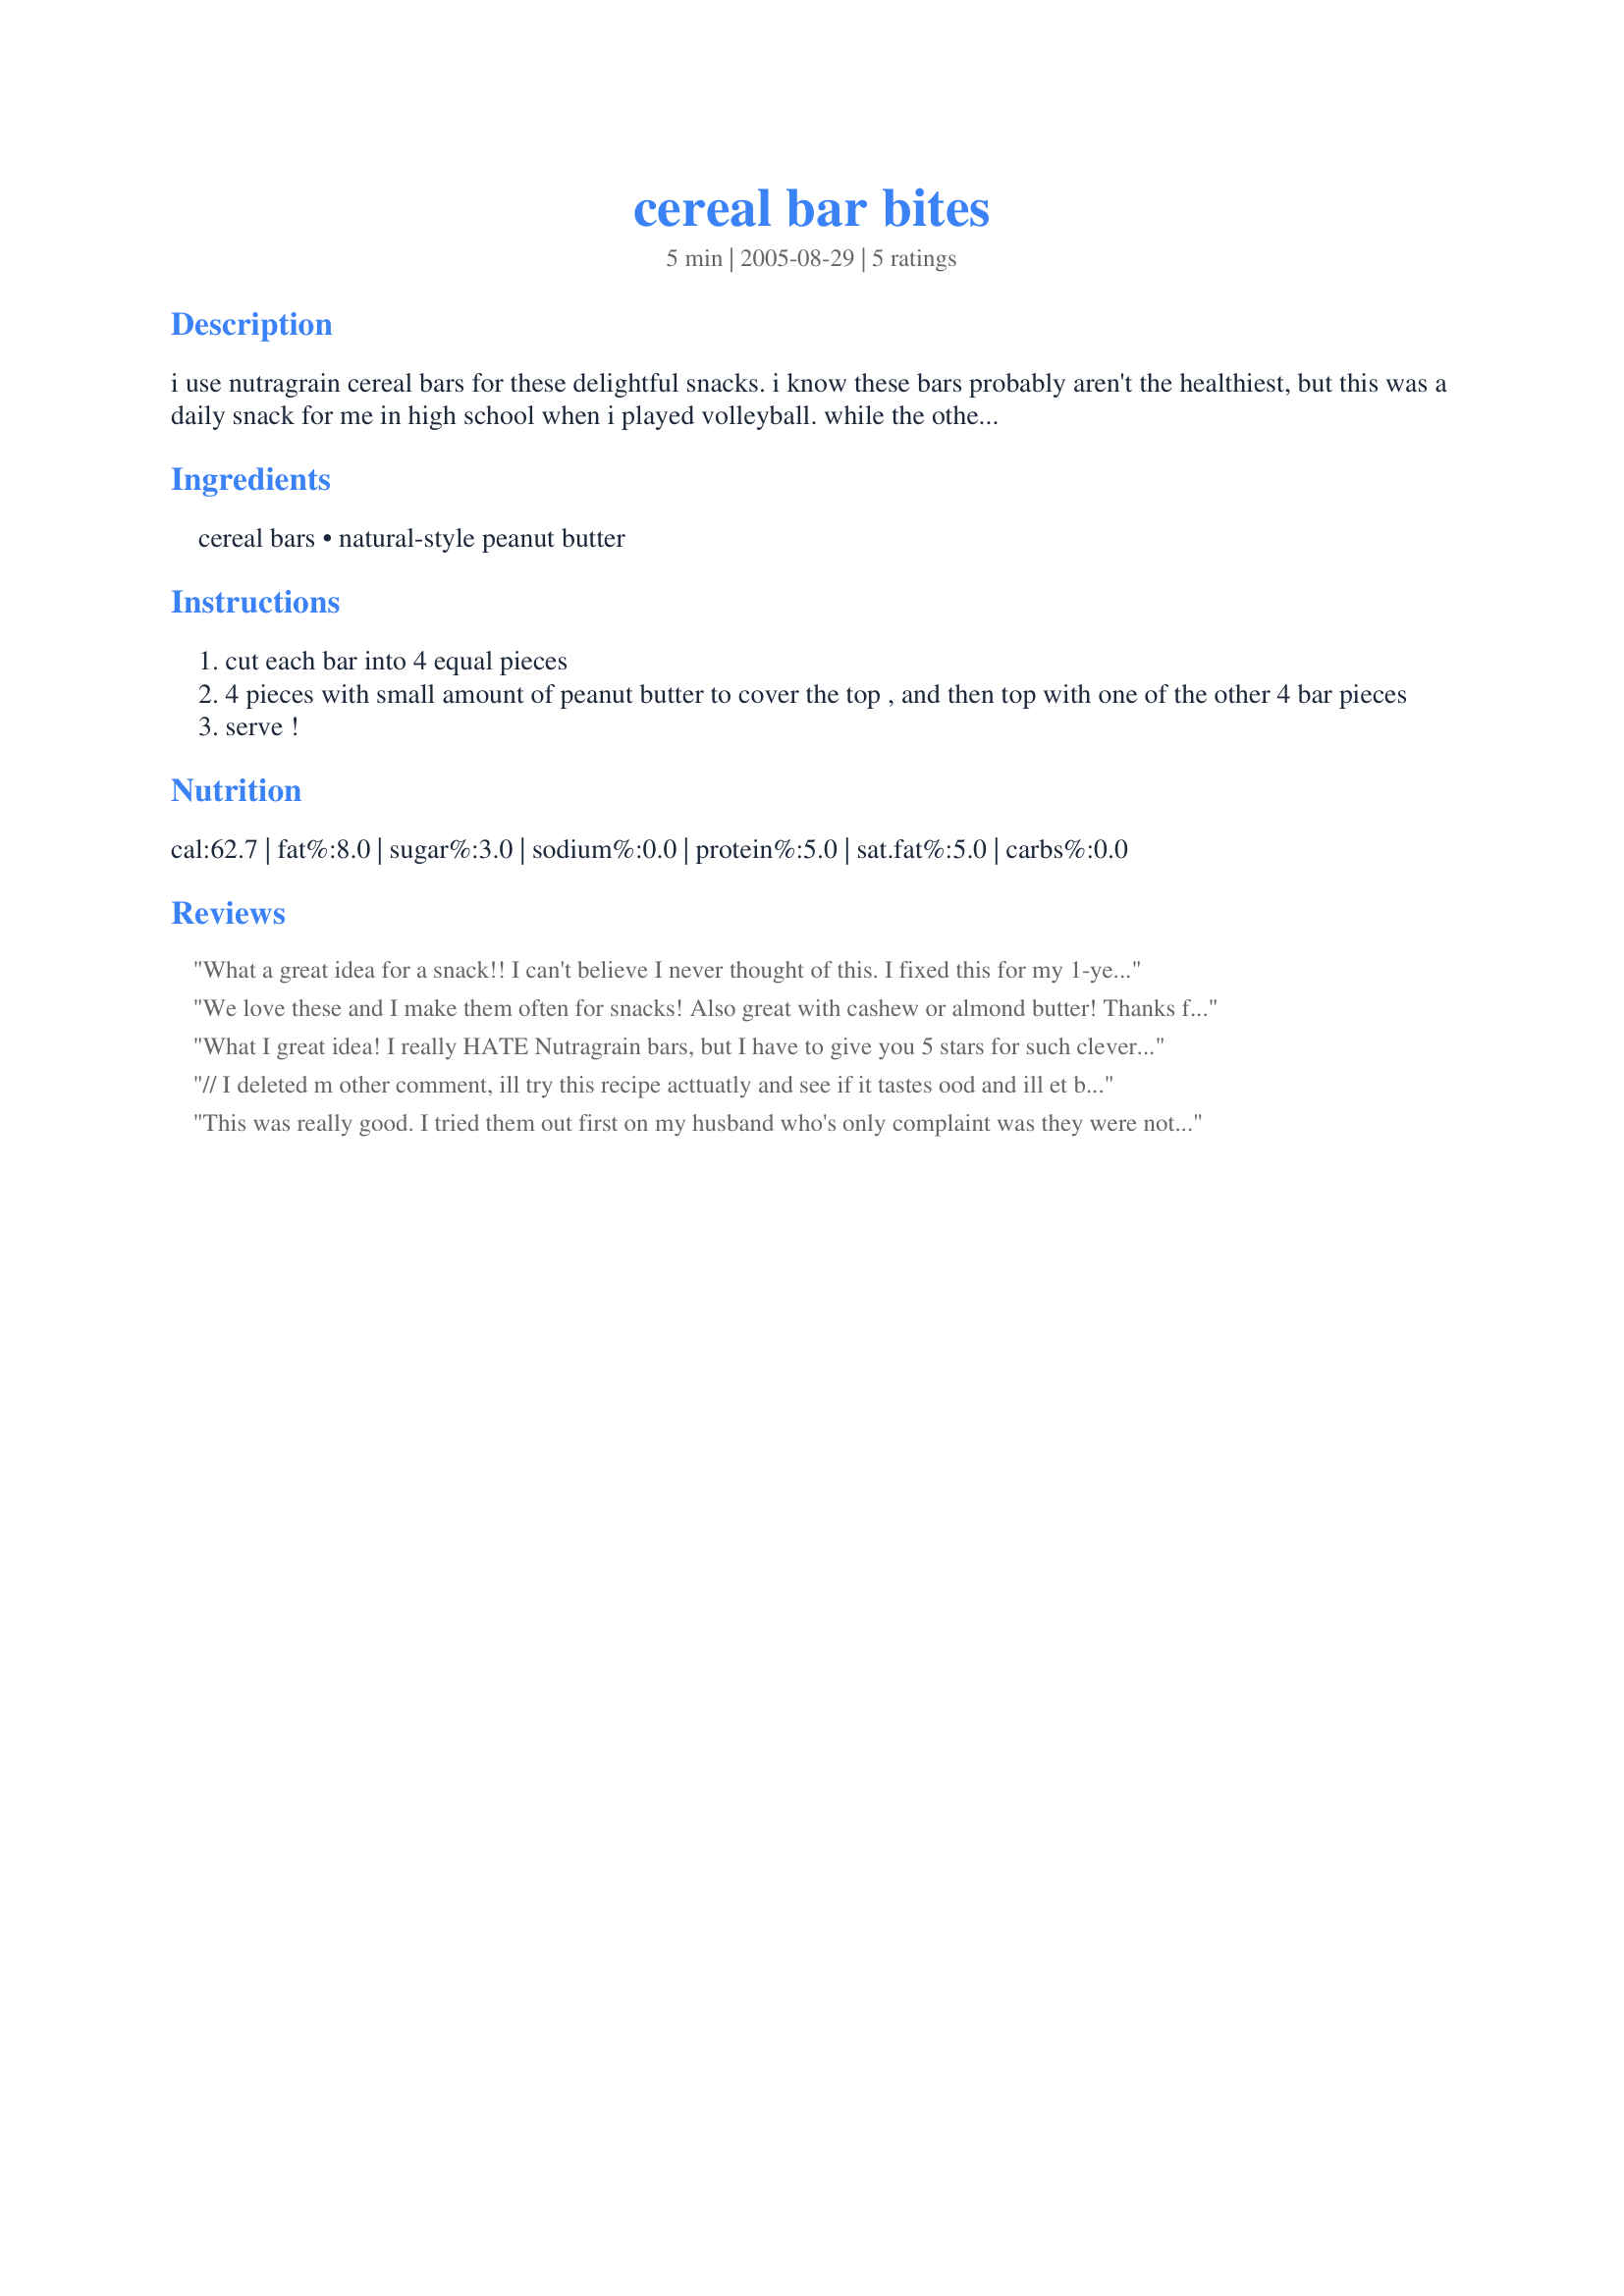
cereal bar bites
Preparation time: 5 minutes

i use nutragrain cereal bars for these delightful snacks. i know these bars probably aren't the healthiest, but this was a daily snack for me in high school when i played volleyball. while the other gals sat and ate a few snickers bars or something, i was munching these bites. these have to be better for me than snickers bars! lol

nutragrain bars are a soft, cereal bar. ive never tried any other kind of bar except nutragrain brand.

my favorite bar flavors for this are mixed berry and strawberry!

Ingredients:
cereal bars, natural-style peanut butter

Steps:
cut each bar into 4 equal pieces
4 pieces with small amount of peanut butter to cover the top , and then top with one of the other 4 bar pieces
serve !

Reviews:
What a great idea for a snack!! I can't believe I never thought of this. I fixed this for my 1-year-old son who is always hungry and he loves it. Picky 3-year-old daughter didn't try, but that was a given. :) Thanks for an easy, healthy snack!!
I did tailor it according to what we have on hand. So, I used Wal-Mart brand cereal bars and Peter Pan peanut butter.
We love these and I make them often for snacks! Also great with cashew or almond butter! Thanks for posting!
What I great idea! I really HATE Nutragrain bars, but I have to give you 5 stars for such cleverness and uniqueness!
// I deleted m other comment, ill try this recipe acttuatly and see if it tastes ood and ill et back to u babe.
This was really good. I tried them out first on my husband who's only complaint was they were not big enough. Will be perfect for after school snacks for my daughters who always come home from school and head straight to the refrigerater. Thank you.
